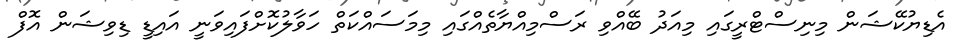
އެޑިޔުކޭޝަން މިނިސްޓްރީގައި މިއަދު ބޭއްވި ރަސްމިއްޔާތެއްގައި މިމަސައްކަތް ހަވާލުކޮށްފައިވަނީ އައިޑީ ޑިވިޝަން އޮފް